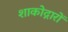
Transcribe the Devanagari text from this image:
शाकोद्गारों